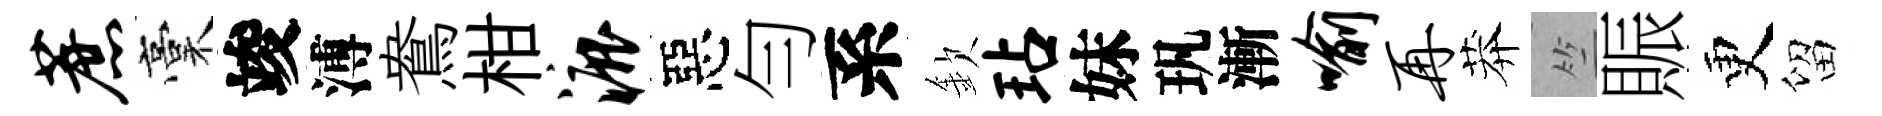
蔗稾竣溥鴦柑漉惡勻系欽玷妹㺬漸喻再莽竺賑更留